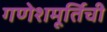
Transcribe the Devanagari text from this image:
गणेशमूर्तिची